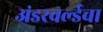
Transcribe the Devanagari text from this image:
अंडरवर्ल्डचा